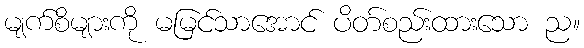
မျက်စိများကို မမြင်သာအောင် ပိတ်စည်းထားသော ည။